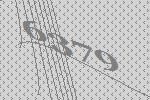
6379